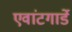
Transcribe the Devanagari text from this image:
एवांटगार्डे